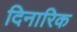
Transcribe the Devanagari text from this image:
दिनारिक